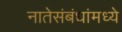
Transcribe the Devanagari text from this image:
नातेसंबंधांमध्ये